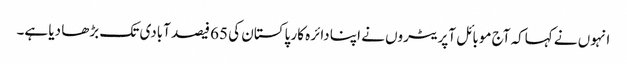
انہوں نے کہاکہ آج موبائل آپریٹروں نے اپنا دائرہ کار پاکستان کی 65 فیصد آبادی تک بڑھا دیا ہے۔